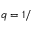
q = 1 /